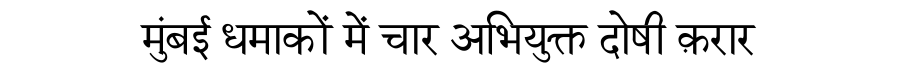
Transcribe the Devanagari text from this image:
मुंबई धमाकों में चार अभियुक्त दोषी क़रार